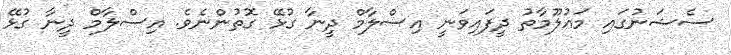
ސެޝަނުގައި މައުލޫމާތު ދީފައިވަނީ އިސްލާމް ދީނާ ގުޅޭ ގޮތުންނެވެ. އިސްލާމް ދީނާ ގުޅޭ